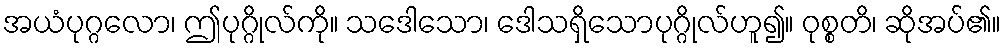
အယံပုဂ္ဂလော၊ ဤပုဂ္ဂိုလ်ကို။ သဒေါသော၊ ဒေါသရှိသောပုဂ္ဂိုလ်ဟူ၍။ ဝုစ္စတိ၊ ဆိုအပ်၏။